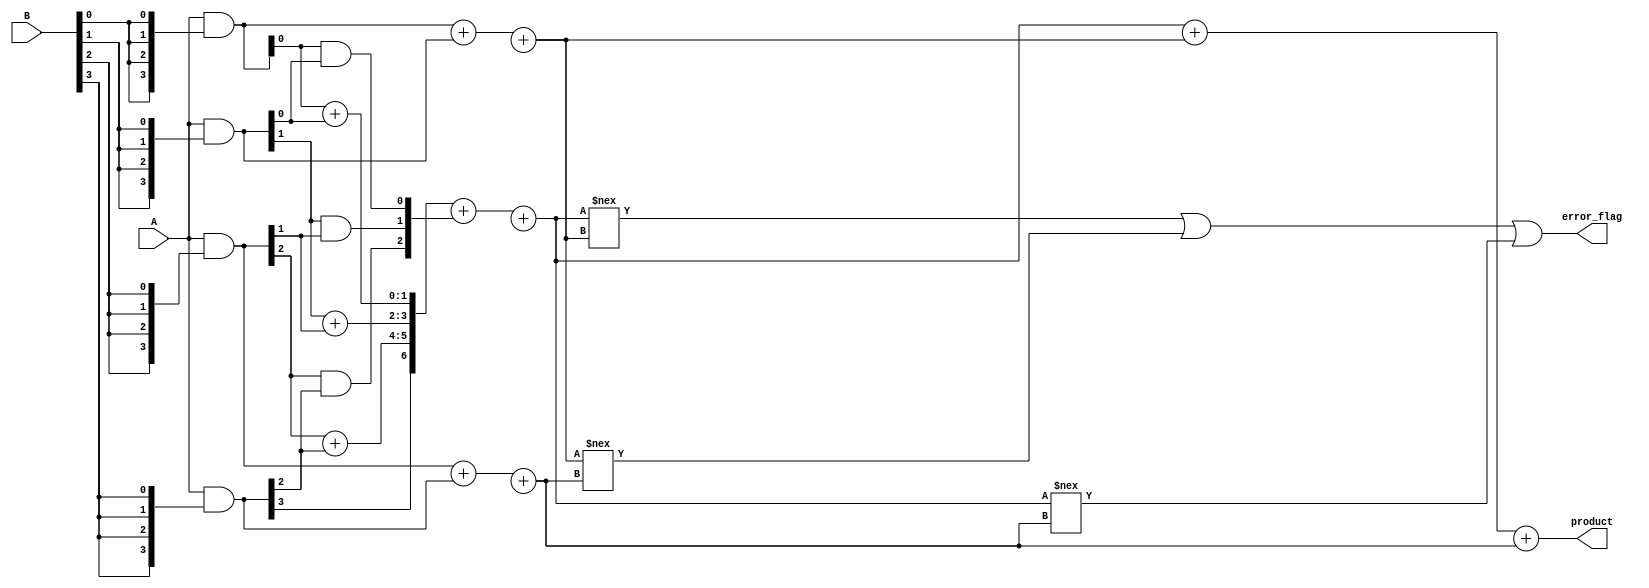
module FaultTolerantWallaceTreeMultiplier #(parameter N = 4) (
    input wire [N-1:0] A,
    input wire [N-1:0] B,
    output wire [2*N-1:0] product,
    output wire error_flag
);

// Partial Product Generation
wire [N-1:0] partial_products [N-1:0];
generate
    genvar i, j;
    for (i = 0; i < N; i = i + 1) begin : product_gen
        assign partial_products[i] = A & {N{B[i]}}; // AND operation to generate partial products
    end
endgenerate

// Wallace Tree Reduction
wire [2*N-1:0] sum [N+1:0];
wire [N-1:0] carry [N+1:0];

// First Level of Reduction
generate
    for (i = 0; i < N; i = i + 1) begin : wallace_tree_level1
        if (i < N-1) begin
            assign sum[0][i*2 +: 2] = partial_products[i][i] + partial_products[i+1][i]; // Using half adder
            assign carry[0][i] = (partial_products[i][i] & partial_products[i+1][i]);
        end
        else begin
            assign sum[0][i*2 +: 2] = partial_products[i][i]; // Last partial product
        end
    end
endgenerate

// Redundant Adders for Fault Tolerance
// Assuming TMR is used for individual adders
wire [2*N-1:0] add_output1, add_output2, add_output3; // Outputs from redundant adders for TMR

// Adding function
function [2*N-1:0] add_3inputs;
    input [2*N-1:0] a, b, c;
    begin
        // 3-input adder for TMR 
        add_3inputs = (a + b + c);
    end
endfunction

assign add_output1 = add_3inputs(sum[0], carry[0]);
assign add_output2 = add_3inputs(partial_products[0], partial_products[1]);
assign add_output3 = add_3inputs(partial_products[2], partial_products[3]);

// Final addition and error detection
assign product = add_output1 + add_output2 + add_output3;

// Error detection mechanism
assign error_flag = (add_output1 !== add_output2) || (add_output2 !== add_output3) || (add_output1 !== add_output3);

endmodule